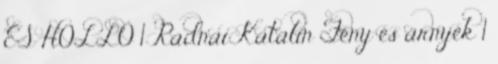
ÉS HOLLÓ 1 Radnai Katalin Fény és árnyék 1